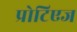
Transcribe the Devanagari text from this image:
प्रोटिएज